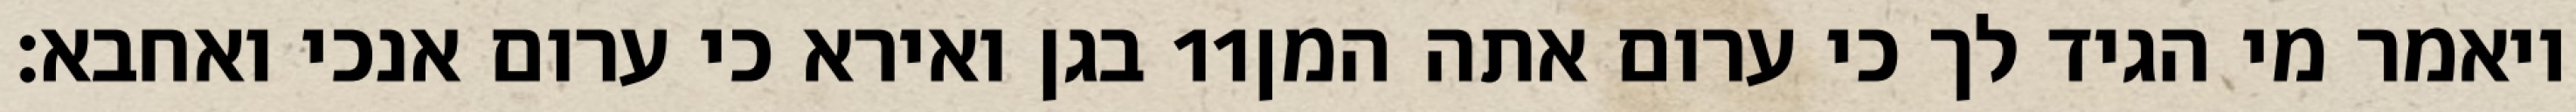
בגן ואירא כי ערום אנכי ואחבא׃ ‎11‏ ויאמר מי הגיד לך כי ערום אתה המן